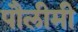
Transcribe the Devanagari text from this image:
पौलीमी